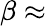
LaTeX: \beta\approx